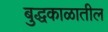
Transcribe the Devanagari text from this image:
बुद्धकाळातील